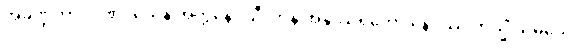
အခဏ္ဍတာဒိဂုဏဝသေန အတ္တနော သီလာနိ အနုဿရတော နေဝဿ တသ္မိံ သမယေ